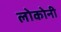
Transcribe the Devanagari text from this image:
लोकोनी